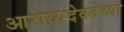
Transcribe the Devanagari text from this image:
आराध्यदेवतेच्या